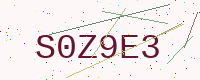
Text: S0Z9E3